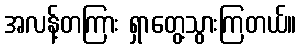
အလန့်တကြား ရှာတွေ့သွားကြတယ်။